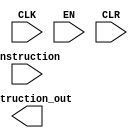
module pipe_ID(
    input CLK,
    input EN,
    input CLR,
    input [0:0] instruction,
    output instruction_out
    );
endmodule